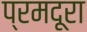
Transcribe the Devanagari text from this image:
प्रमदूरा